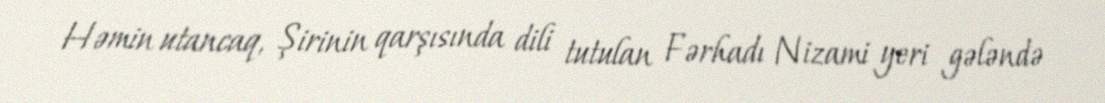
Həmin utancaq, Şirinin qarşısında dili tutulan Fərhadı Nizami yeri gələndə